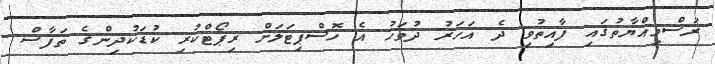
ރަސްމިއްޔާތުގައި ފާއިތުވި ދެ އަހަރު ދުވަހު އެ ހޮސްޕިޓަލަށް ރިޕޯޓްކުރި ކުޑަކުދިންގެ ތަފާސް